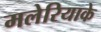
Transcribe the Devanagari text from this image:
मलेरियाके